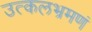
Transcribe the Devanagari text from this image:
उत्कलभ्रमणं